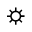
\sun